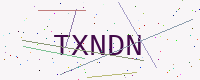
Text: TXNDN